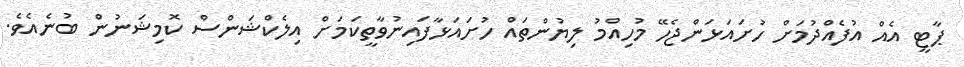
ޕާޓީ އެއް އުފެއްދުމަށް ހުށައަޅަންޖެހޭ މުހިއްމު ލިޔުންތައް ހުށައަޅާފައިނުވާތީކަމަށް އިލެކްޝަންސް ކޮމިޝަނުން ބުނެއެވެ.